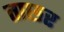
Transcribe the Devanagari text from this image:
ताछर